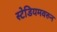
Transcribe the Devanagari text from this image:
स्टेडियमवरुन